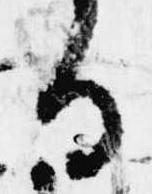
る